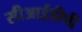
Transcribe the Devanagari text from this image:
सीआईडीपी